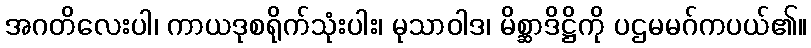
အဂတိလေးပါ၊ ကာယဒုစရိုက်သုံးပါး၊ မုသာဝါဒ၊ မိစ္ဆာဒိဋ္ဌိကို ပဌမမဂ်ကပယ်၏။